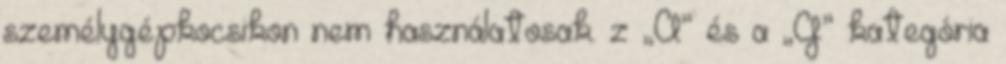
személygépkocsikon nem használatosak. z „A” és a „G” kategória